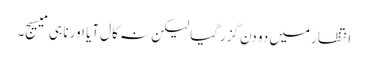
انتظار میں دو دن گزرگیا لیکن نہ کال آیا اور نا ہی میسیج۔